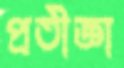
প্রতীজ্ঞা